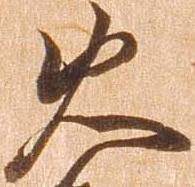
火